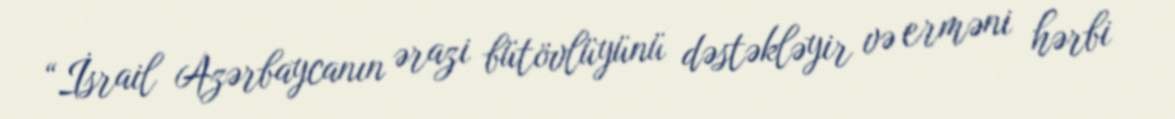
“İsrail Azərbaycanın ərazi bütövlüyünü dəstəkləyir və erməni hərbi